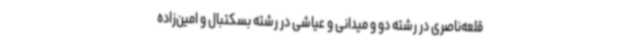
قلعه‌ناصری در رشته دو و میدانی و عیاشی در رشته بسکتبال و امین‌زاده